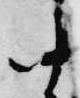
中